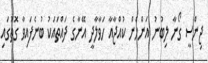
ޖިންސީ ގޯނާ ލިބުނު އަންހެން ކުއްޖާއާ ހަވާލާދީ އޭނާގެ ދައްތައަކު ބުނެފައިވާ ގޮތުގައި